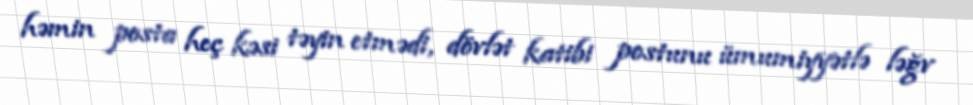
həmin posta heç kəsi təyin etmədi, dövlət katibi postunu ümumiyyətlə ləğv